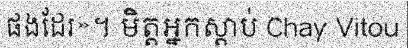
ផងដែរ»។ មិត្តអ្នកស្តាប់ Chay Vitou